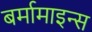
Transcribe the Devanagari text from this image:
बर्मामाइन्स